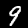
Label: 9